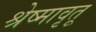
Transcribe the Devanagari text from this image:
श्रेष्मावृतू